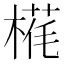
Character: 𬃵